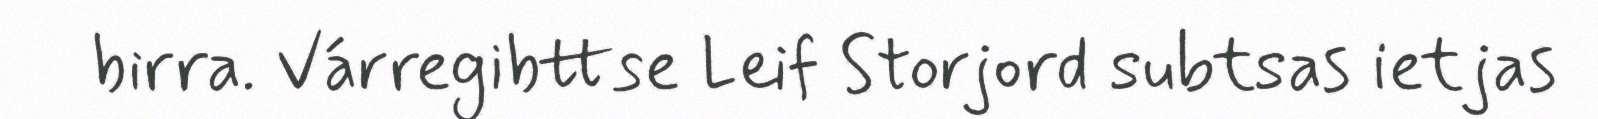
birra. Várregibttse Leif Storjord subtsas ietjas